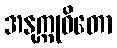
အနုက္ကုဓိတော